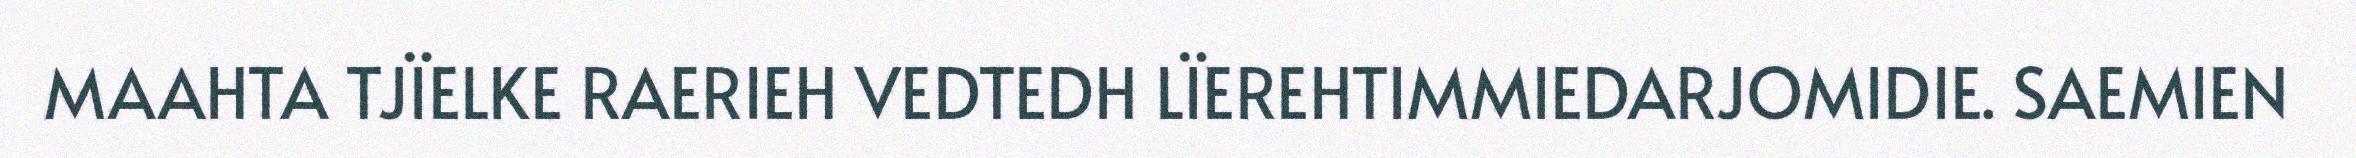
MAAHTA TJÏELKE RAERIEH VEDTEDH LÏEREHTIMMIEDARJOMIDIE. SAEMIEN